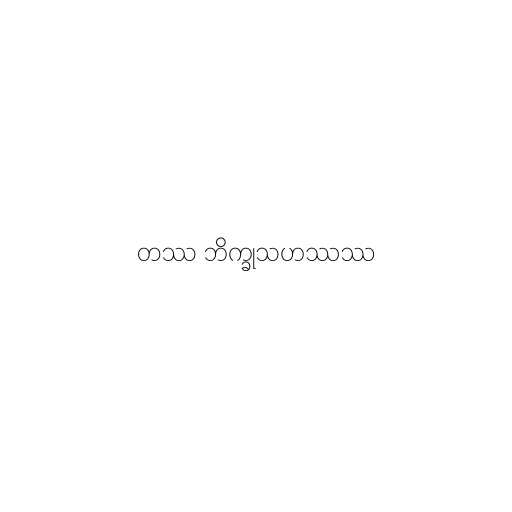
တဿ ဘိက္ခုသဟဿဿ